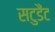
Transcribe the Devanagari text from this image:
सटुडैंट